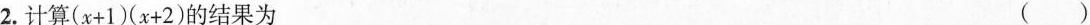
2.计算$$( x + 1 ) ( x + 2 )$$的结果为 ( )